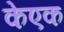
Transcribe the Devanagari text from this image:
केएक